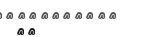
٢١